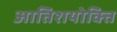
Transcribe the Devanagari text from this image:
आतिशयोक्ति